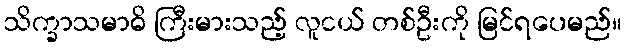
သိက္ခာသမာဓိ ကြီးမားသည့် လူငယ် တစ်ဦးကို မြင်ရပေမည်။